[Report on the health of British troops in the Madras command]
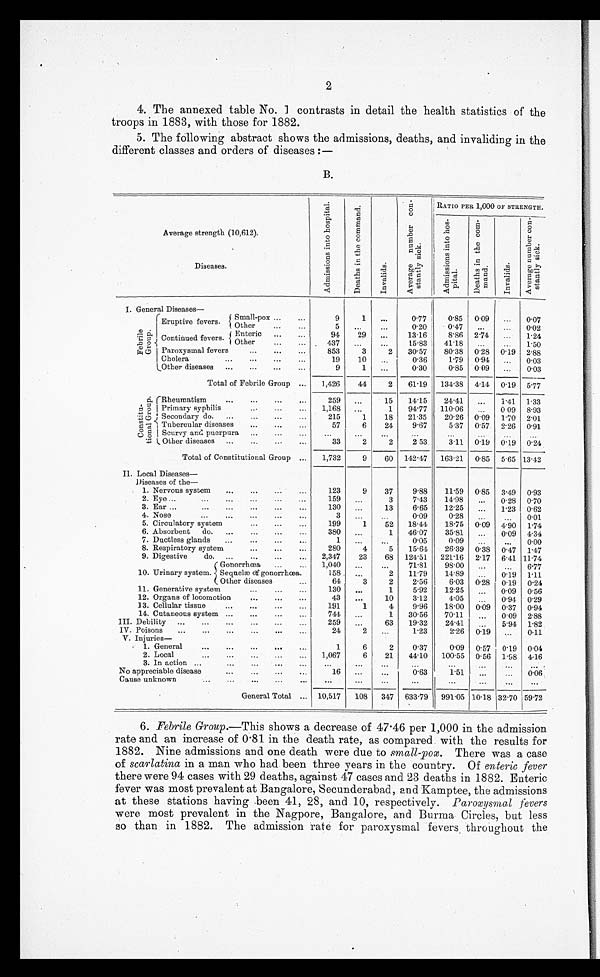
2
4. The annexed table No. 1 contrasts in detail the health statistics of the
troops in 1883, with those for 1882.
5. The following abstract shows the admissions, deaths, and invaliding in the
different classes and orders of diseases :—
B.
Average strength (10,612).
Diseases.
A d m i s s i o n s i n t o h o s p i t a l .
D e a t h s i n t h e c o m m a n d .
I n v a l i d s .
A v e r a g e n u m b e r c o n - s t a n l y s i c k .
RATIO PER 1,000 OF STRENGTH.
A d m i s s i o n s i n t o h o s - p i t a l . De a t h s i n t h e c o m- ma n d .
I n v a l i d s .
A v e r a g e n u m b e r c o n - s t a n t l y s i c k .
I. General Diseases—
F e b r i l e G r o u p
.
Eruptive fevers.
Small-pox . . .
9
1
. . .
0.77
0.85 0.09
. . .
0.07
Other . . .
5
. . .
. . .
0.20
0.47
. . . . . .
0.02
Continued fevers.
Enteric
. . .
94
29
. . .
13.16
8.86 2.74
. . .
1.24
Other . . .
437
. . .
. . . 15.83
41.18
. . .
. . .
1.50
Paroxysmal fevers . . .
853
3
2
30.57
80.38 0.28 0.19 2.88
Cholera . . .
19
10
. . .
0.36
1.79 0.94
. . .
0.03
Other diseases . . .
9
1
. . .
0.30
0.85 0.09
. . .
0.03
Total of Febrile Group . . .
1,426
44
2
61.19
134 .38 4.14 0.19 5.77
C o n s t i t u - t i o n a l G r o u p . Rheumatism . . .
259
. . .
15
14.15
24.41
. . .
1.41 1.33
Primary syphilis . . .
1,168
. . .
1
94.77 110.06
. . .
0.09 8.93
Secondary do. . . .
215
1
18
21.35
20.26 0.09 1.70 2.01
Tubercular diseases . . .
57
6
24
9.67
5.37 0.57 2.26 0.91
Scurvy and puerpura . . .
. . .
. . .
. . .
. . . . . .
. . .
. . .
. . .
Other diseases . . .
33
2
2
2.53
3.11 0.19 0.19 0.24
Total of Constitutional Group . . .
1,732
9
60 142.47
163.21 0.85 5.65 13.42
Local Diseases
—
Diseases of the
—
1. Nervous system . . .
123
9
37
9.88
11.59 0.85 3.49 0.93
2. Eye . . .
159
. . .
3
7.43
14.98
. . .
0.28 0.70
3. Ear . . .
130
. . .
13
6.65
12.25
. . .
1.23 0.62
4. Nose . . .
3
. . .
. . .
0.09
0.28
. . .
. . . 0.01
5. Circulatory system . . .
199
1
52
18.44
18.75 0.09 4.90 1.74
6. Absorbent do. . . .
380
. . .
1
46.07
35.81
. . .
0.09 4.34
7. Ductless glands . . .
1
. . .
. . .
0.05
0.09
. . .
. . . 0.00
8. Respiratory system . .
280
4
5
15.64
26.39 0.38 0.47 1.47
9. Digestive
do. . . .
2,347
23
68 124.51
221.16 2.17 6.41 11.74
Gonorrhœa . . .
1,040
. . .
. . .
71.81
98.00
. . .
. . . 6.77
10. Urinary system. Sequelæ of gonorrhœa.
1 5 8 . . .
2
11.79
14.89
. . .
0.19 1.11
Other diseases . . .
64
3
2
2.56
6.03 0.28 0.19 0.24
11. Generative system . . .
130
. . .
1
5.92
12.25
. . .
0.09 0.56
12. Organs of locomotion . . .
43
. . .
10
3.12
4.05 . . .
0.94 0.29
13. Cellular tissue . . .
191
1
4
9.96
18.00 0.09 0.37 0.94
14. Cutaneous system . . .
744
. . .
1
30.56
70.11
. . .
0.09 2.88
III. Debility . . .
259
. . .
63
19.32
24.41 . . .
5.94 1.82
IV. Poisons . . .
24
2
. . .
1.23
2.26 0.19
. . . 0.11
V. Injuries —
1. General . . .
1
6
2
0.37
0.09 0.57 0.19 0.04
2. Local . . .
1,067
6
21
44.10
100.55 0.56 1.98 4.16
3. In action . . .
. . .
. . .
. . .
. . .
. . .
. . . . . .
. . .
No appreciable disease . . .
16
. . .
. . .
0.63
1.51
. . .
. . . 0.06
C ause unknown . . .
. . .
. . .
. . .
. . .
. . .
. . .
. . .
. . .
General Total . . . 10,517
108
347 633.79
991.05 10.18 32.70 59.72
6. Febrile Group.—This shows a decrease of 47.46 per 1,000 in the admission
rate and an increase of 0.81 in the death rate, as compared with the results for
1882. Nine admissions and one death were due to small-pox. There was a case
of scarlatina in a man who had been three years in the country. Of enteric fever
there were 94 cases with 29 deaths, against 47 cases and 23 deaths in 1882. Enteric
fever was most prevalent at Bangalore, Secunderabad, and Kamptee, the admissions
at these stations having been 41, 28, and 10, respectively. Paroxysmal fevers
were most prevalent in the Nagpore, Bangalore, and Burma Circles, but less
so than in 1882. The admission rate for paroxysmal fevers throughout the